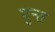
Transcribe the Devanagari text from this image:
पुन्त